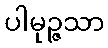
ပါမုဉ္ဇသာ